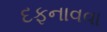
દફનાવવા